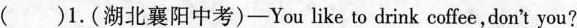
( )1.(湖北襄阳中考)-You like to drink coffee,don't you?